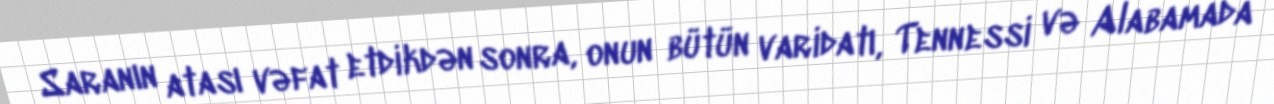
Saranın atası vəfat etdikdən sonra, onun bütün varidatı, Tennessi və Alabamada